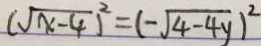
( \sqrt { x - 4 } ) ^ { 2 } = ( - \sqrt { 4 - 4 y } ) ^ { 2 }